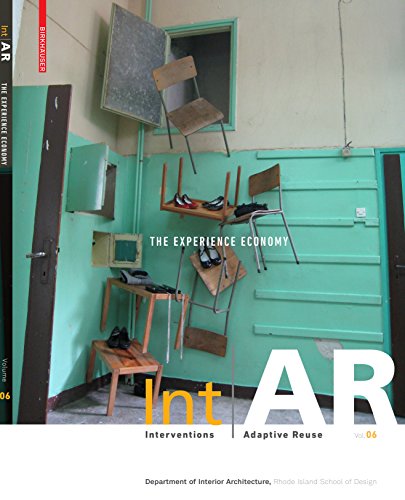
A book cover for IntAR, Interventions and Adaptive Reuse, Volume 06; The Experience Economy; Tiziano Aglieri Rinella; Arts & Photography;